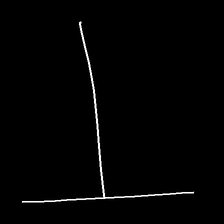
Glyph: column